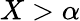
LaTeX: X>\alpha